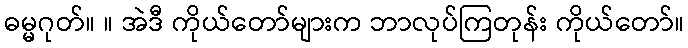
ဓမ္မဂုတ်။ ။ အဲဒီ ကိုယ်တော်များက ဘာလုပ်ကြတုန်း ကိုယ်တော်။